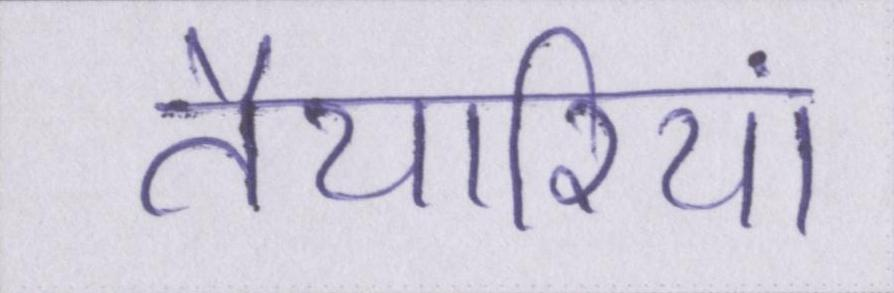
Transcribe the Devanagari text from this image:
तैयारियां